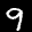
Label: 9